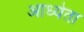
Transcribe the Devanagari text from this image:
आध्येता